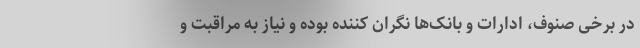
در برخی صنوف، ادارات و بانک‌ها نگران کننده بوده و نیاز به مراقبت و